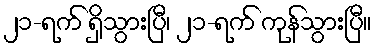
၂၁-ရက် ရှိသွားပြီ၊ ၂၁-ရက် ကုန်သွားပြီ။